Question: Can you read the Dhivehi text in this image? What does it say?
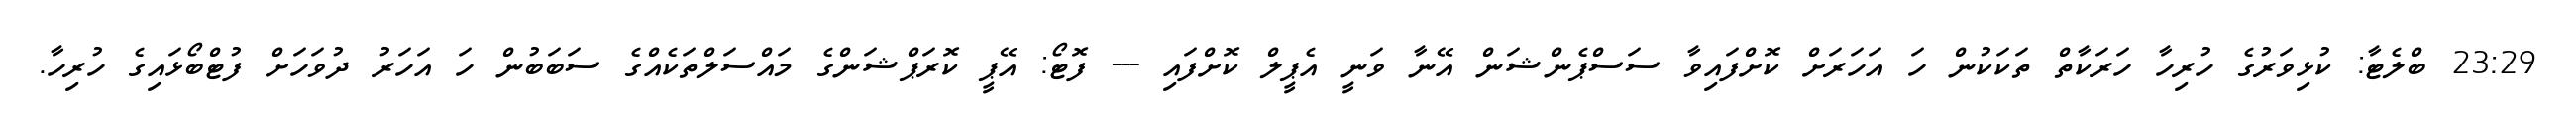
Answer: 23:29 ބްލެޓާ: ކުޅިވަރުގެ ހުރިހާ ހަރަކާތް ތަކަކުން ހަ އަހަރަށް ކޮށްފައިވާ ސަސްޕެންޝަން އޭނާ ވަނީ އެޕީލް ކޮށްފައި --- ފޮޓޯ: އޭޕީ ކޮރަޕްޝަންގެ މައްސަލްތަކެއްގެ ސަބަބުން ހަ އަހަރު ދުވަހަށް ފުޓްބޯޅައިގެ ހުރިހާ.